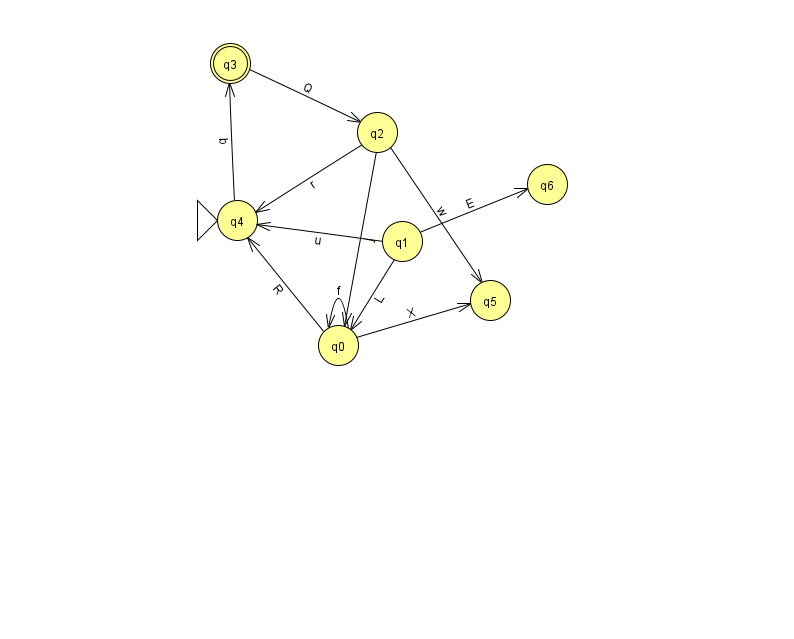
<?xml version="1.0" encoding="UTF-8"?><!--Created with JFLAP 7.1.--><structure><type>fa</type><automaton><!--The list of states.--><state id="0" name="q0"><x>338.0</x><y>332.0</y></state><state id="1" name="q1"><x>402.0</x><y>228.0</y></state><state id="2" name="q2"><x>377.0</x><y>119.0</y></state><state id="3" name="q3"><x>230.0</x><y>50.0</y><final/></state><state id="4" name="q4"><x>237.0</x><y>207.0</y><initial/></state><state id="5" name="q5"><x>490.0</x><y>287.0</y></state><state id="6" name="q6"><x>547.0</x><y>171.0</y></state><!--The list of transitions.--><transition><from>0</from><to>5</to><read>X</read></transition><transition><from>1</from><to>6</to><read>E</read></transition><transition><from>0</from><to>0</to><read>f</read></transition><transition><from>4</from><to>3</to><read>b</read></transition><transition><from>3</from><to>2</to><read>Q</read></transition><transition><from>0</from><to>4</to><read>R</read></transition><transition><from>1</from><to>4</to><read>u</read></transition><transition><from>2</from><to>5</to><read>w</read></transition><transition><from>1</from><to>0</to><read>L</read></transition><transition><from>2</from><to>0</to><read>j</read></transition><transition><from>2</from><to>4</to><read>r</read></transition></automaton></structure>